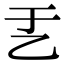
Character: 𠃗